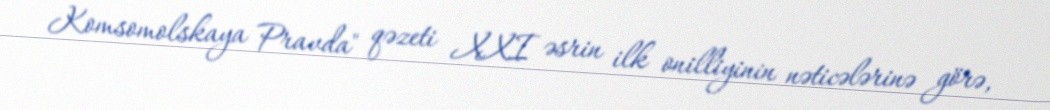
Komsomolskaya Pravda" qəzeti XXI əsrin ilk onilliyinin nəticələrinə görə,